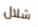
شلال